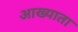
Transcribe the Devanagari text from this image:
आख्याता